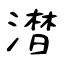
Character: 澘